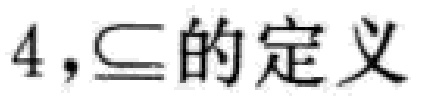
4,$\subseteq$的定义